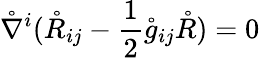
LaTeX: \mathring{\nabla}^{i}(\mathring{R}_{ij}-\frac 12\mathring{g}_{ij}\mathring{R})=0